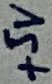
Text: +5V